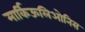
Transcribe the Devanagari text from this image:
मार्किऊलिओनिस